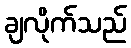
ချလိုက်သည်